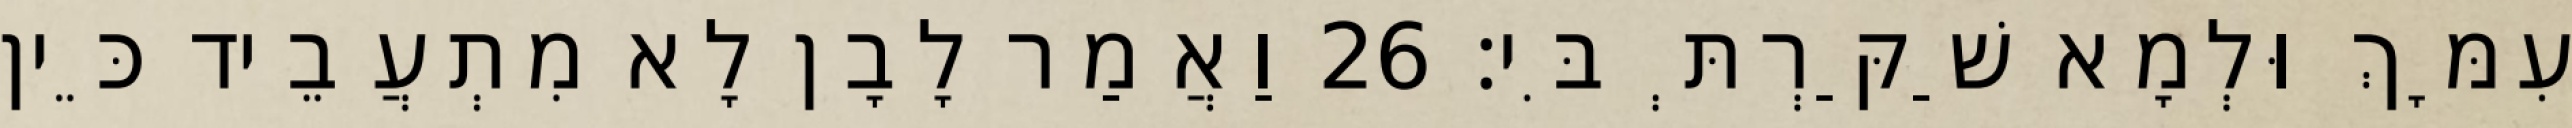
עִמָּךְ וּלְמָא שַׁקַּרְתְּ בִּי׃ 26 וַאֲמַר לָבָן לָא מִתְעֲבֵיד כֵּין